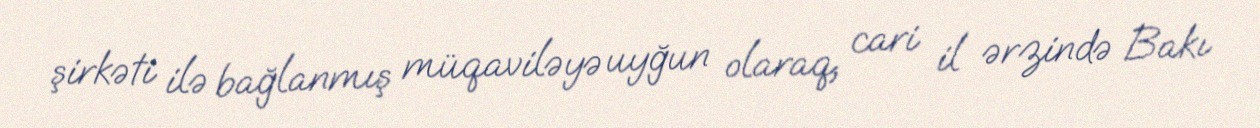
şirkəti ilə bağlanmış müqaviləyə uyğun olaraq, cari il ərzində Bakı